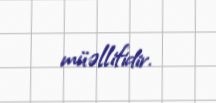
müəllifidir.